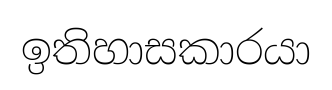
ඉතිහාසකාරයා